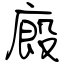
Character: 廄